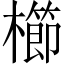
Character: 櫛